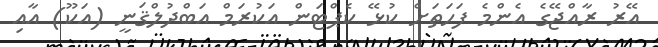
އޭރު ރާއްޖޭގެ އެންމެ ފަހަތަށް ކުޅޭ ކެޕްޓަން އަކުރަމް އަބްދުލްޤަނީ (އަކޫ) އާއި